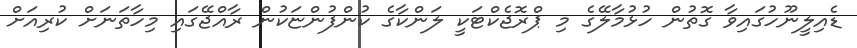
ޑެއިލީނޫހުގައިވާ ގޮތުން ހުޅުމާލޭގެ މި ޕްރޮޖެކްޓަކީ ލަންކާގެ ކުންފުންޏަކުން ރާއްޖޭގައި މިހާތަނަށް ކުރިއަށް